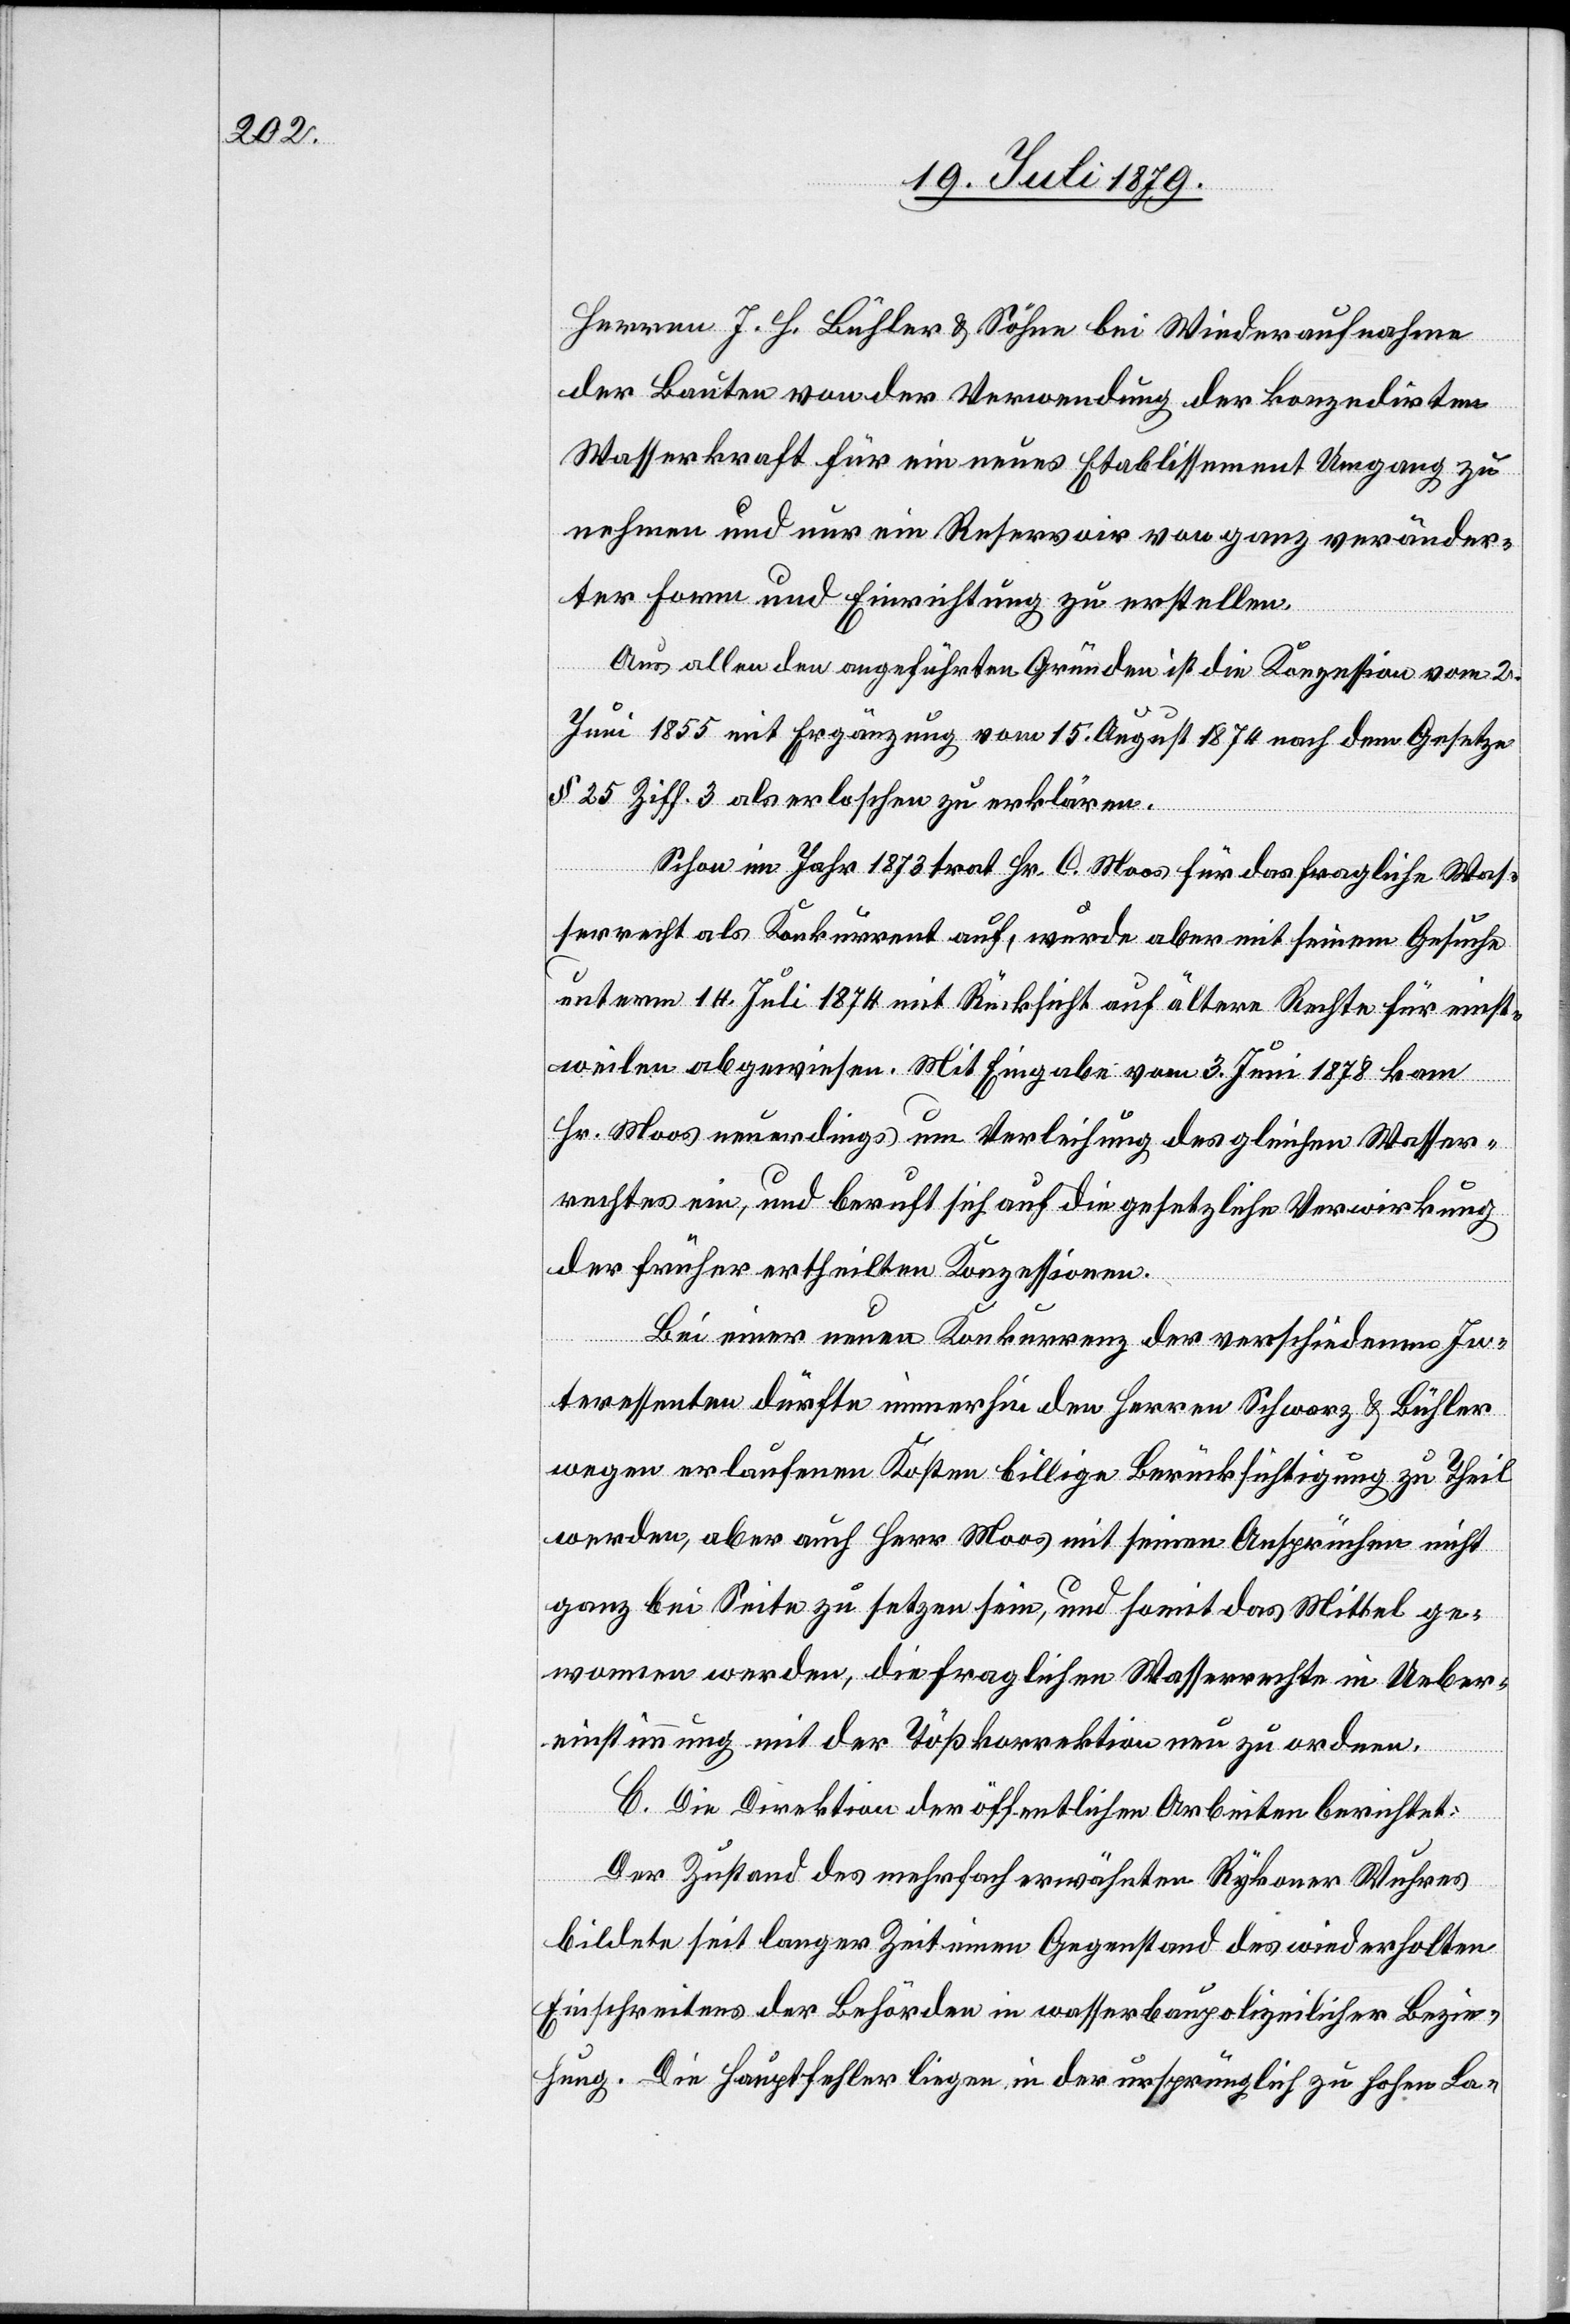
Herren J. H. Bühler & Söhne bei Wiederaufnahme
der Bauten von der Verwendung der konzedirten
Wasserkraft für ein neues Etablissement Umgang zu
nehmen und nur ein Reservoir von ganz veränder¬
ter Form und Einrichtung zu erstellen.
Aus allen den angeführten Gründen ist die Konzession vom 2.
Juni 1855 mit Ergänzung vom 15. August 1874 nach dem Gesetzes
§ 25 Ziff. 3 als erloschen zu erklären.
Schon im Jahr 1873 trat Hr. C. Moos für das fragliche Was¬
serrecht als Konkurrent auf, wurde aber mit seinem Gesuche
unterm 14. Juli 1874 mit Rücksicht auf ältere Rechte für einst¬
weilen abgewiesen. Mit Eingabe vom 3. Juni 1878 kam
Hr. Moos neuerdings um Verleihung des gleichen Wasser¬
rechtes ein, und beruft sich auf die gesetzliche Verwirkung
der früher ertheilten Konzessionen.
Bei einer neuen Konkurrenz der verschiedenen In¬
teressenten dürfte immerhin den Herren Schwarz & Bühler
wegen erlaufenen Kosten billige Berücksichtigung zu Theil
werden, aber auch Herr Moos mit seinen Ansprüchen nicht
ganz bei Seite zu setzen sein, und somit das Mittel ge¬
wonnen werden, die fraglichen Wasserrechte in Ueber¬
einstimmung mit der Tößkorrektion neu zu ordnen.
C. Die Direktion der öffentlichen Arbeiten berichtet:
Der Zustand des mehrfach erwähnten Rykoner Wuhres
bildete seit langer Zeit einen Gegenstand des wiederholten
Einschreitens der Behörden in wasserbaupolizeilicher Bezie¬
hung. Die Hauptfehler liegen in der ursprünglich zu hohen La-